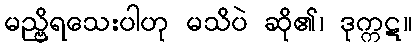
မည္ဗိရသေးပါဟု မသိပဲ ဆို၏၊ ဒုက္ကဋ။